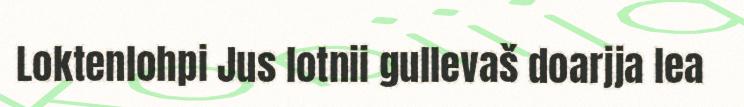
Loktenlohpi Jus lotnii gullevaš doarjja lea